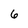
Character: 6